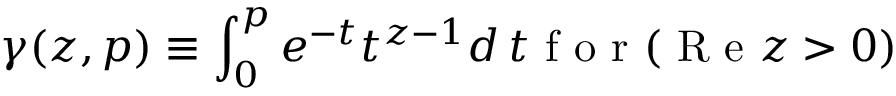
\gamma ( z , p ) \equiv \int _ { 0 } ^ { p } e ^ { - t } t ^ { z - 1 } d \, t \mathrm { ~ f ~ o ~ r ~ } ( \mathrm { ~ R ~ e ~ } z > 0 )